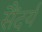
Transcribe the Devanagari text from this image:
सैंदर्य